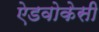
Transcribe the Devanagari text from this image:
ऐडवोकेसी